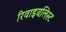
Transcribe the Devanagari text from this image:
रिवाइवलिस्ट